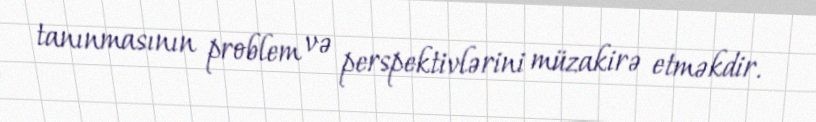
tanınmasının problem və perspektivlərini müzakirə etməkdir.